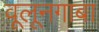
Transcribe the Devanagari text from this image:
वूलूनगाबा